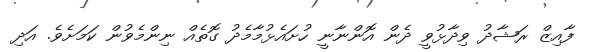
ފާއިޒް ރަޝާދު ވިދާޅުވީ ދެން އޮންނާނީ ހުށައެޅުމާމެދު ގޮތެއް ނިންމެވުން ކަމަށެވެ. އަދި